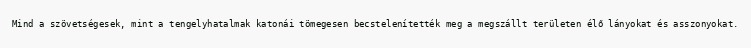
Mind a szövetségesek, mint a tengelyhatalmak katonái tömegesen becstelenítették meg a megszállt területen élő lányokat és asszonyokat.